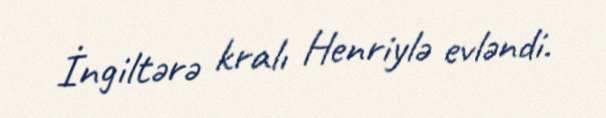
İngiltərə kralı Henriylə evləndi.